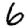
Digit: 6